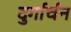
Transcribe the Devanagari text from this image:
दुर्गार्चन